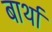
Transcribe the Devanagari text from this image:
बार्था